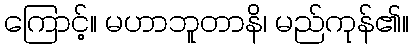
ကြောင့်။ မဟာဘူတာနိ၊ မည်ကုန်၏။